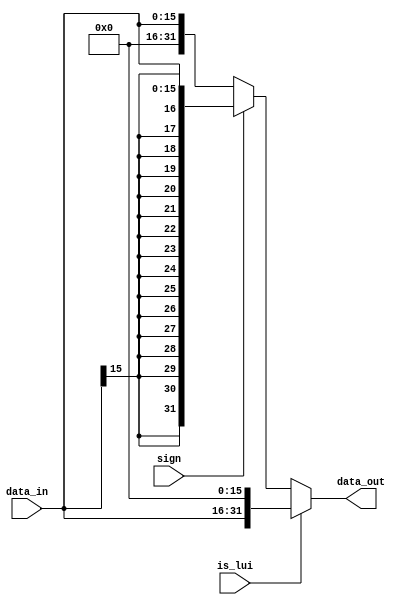
`timescale 1ns / 1ps
//////////////////////////////////////////////////////////////////////////////////
// Company: 
// Engineer: 
// 
// Design Name: 
// Module Name: Ext_16
// Project Name: 
// Target Devices: 
// Tool Versions: 
// Description: 
// 
// Dependencies: 
// 
// Revision:
// Revision 0.01 - File Created
// Additional Comments:
// 
//////////////////////////////////////////////////////////////////////////////////

module Ext_16(
    input [15:0]data_in,
    input sign,
    input is_lui,
    output [31:0]data_out
    );
    assign data_out= is_lui ? {data_in,16'b0} : (sign ? {{16{data_in[15]}},data_in} : {{16{1'b0}},data_in});
    endmodule